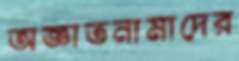
অজ্ঞাতনামাদের